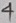
Text: 4